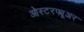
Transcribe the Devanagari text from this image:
ओस्टरफ्यूअर